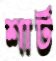
শার্ট